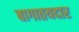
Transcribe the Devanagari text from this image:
बागातयदार